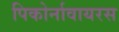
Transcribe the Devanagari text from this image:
पिकोर्नावायरस